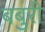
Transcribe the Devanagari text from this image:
बबुरी